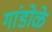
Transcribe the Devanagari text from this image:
गांडोळे